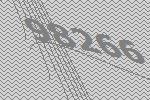
98266